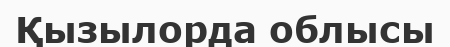
Қызылорда облысы